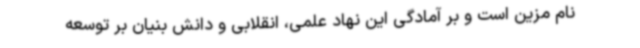
نام مزین است و بر آمادگی این نهاد علمی، انقلابی و دانش بنیان بر توسعه